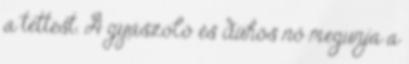
a tettest. A gyászoló és dühös nő megunja a